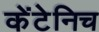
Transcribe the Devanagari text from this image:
केंटेनिच